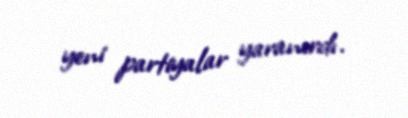
yeni partiyalar yaranırdı.